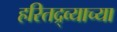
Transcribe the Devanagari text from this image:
हरितद्र्व्याच्या